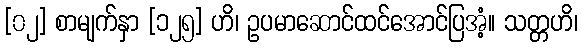
[၀၂] စာမျက်နှာ [၁၂၅] ဟိ၊ ဥပမာဆောင်ထင်အောင်ပြအံ့။ သတ္တဟိ၊